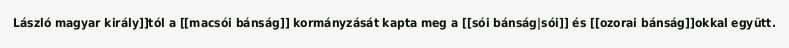
László magyar király]]tól a [[macsói bánság]] kormányzását kapta meg a [[sói bánság|sói]] és [[ozorai bánság]]okkal együtt.